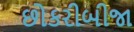
છોકરીબીજા